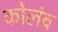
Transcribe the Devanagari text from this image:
कोलंब